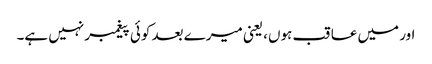
اور میں عاقب ہوں، یعنی میرے بعد کوئی پیغمبر نہیں ہے۔